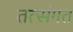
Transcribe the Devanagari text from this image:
तत्संगत